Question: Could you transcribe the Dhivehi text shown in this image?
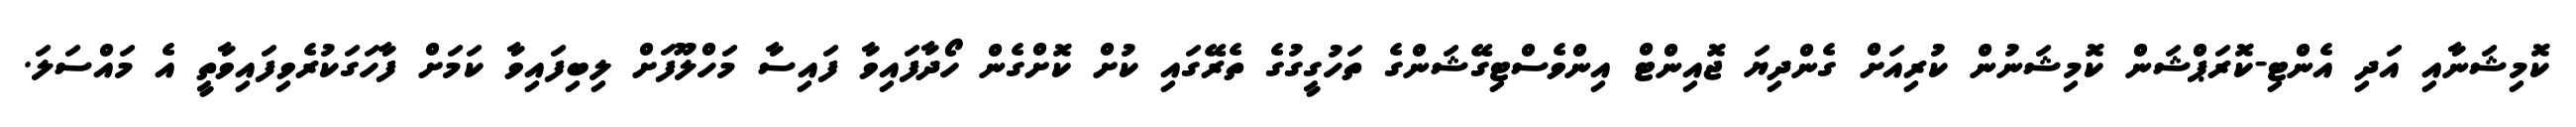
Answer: ކޮމިޝަނާއި އަދި އެންޓި-ކޮރަޕްޝަން ކޮމިޝަނުން ކުރިއަށް ގެންދިޔަ ޖޮއިންޓް އިންވެސްޓިގޭޝަންގެ ތަހުގީގުގެ ތެރޭގައި ކުށް ކޮށްގެން ހޯދާފައިވާ ފައިސާ މަހްލޫފަށް ލިބިފައިވާ ކަމަށް ފާހަގަކުރެވިފައިވާތީ އެ މައްސަލަ.